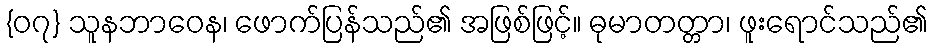
{၀၇} သူနဘာဝေန၊ ဖောက်ပြန်သည်၏ အဖြစ်ဖြင့်။ ဓုမာတတ္တာ၊ ဖူးရောင်သည်၏